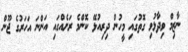
ނާޒިމް ވިދާޅުވި ގޮތުގައި މީހުން ދިރިއުޅޭ ކޮންމެ ރަށެއްގައި އަންނަ އަހަރުގެ ޖޫން